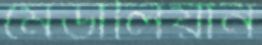
মেডালিয়ান